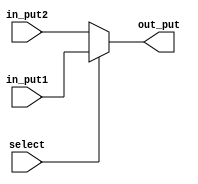
module mux(out_put,in_put1,in_put2,select);
output [31:0]out_put;
input  [31:0]in_put1,in_put2;
input  select;

assign out_put=select?in_put1:in_put2;

endmodule

module t_mux;
wire   [31:0]out_put;
reg    [31:0]in_put1,in_put2;
reg    select;

mux m(out_put,in_put1,in_put2,select);

initial begin 
in_put1=32'd67;in_put2=32'd0;select=1;
#100 in_put1=32'd67;in_put2=32'd0;select=0;
end 
endmodule